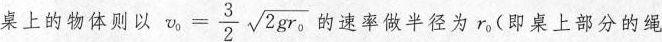
上的物体则以 $$ \nu _ { 0 } = \frac { 3 } { 2 } \sqrt { 2 g r _ { 0 } }$$的速率做半径为r_{0}(即桌上部分的绳